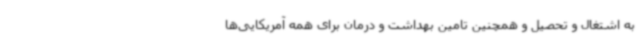
به اشتغال و تحصیل و همچنین تامین بهداشت و درمان برای همه آمریکایی‌ها